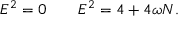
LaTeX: E ^ { 2 } = 0 \qquad E ^ { 2 } = 4 + 4 \omega N .